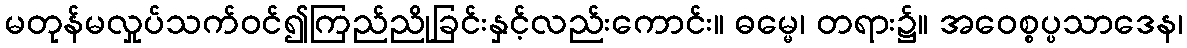
မတုန်မလှုပ်သက်ဝင်၍ကြည်ညိုခြင်းနှင့်လည်းကောင်း။ ဓမ္မေ၊ တရား၌။ အဝေစ္စပ္ပသာဒေန၊